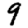
Digit: 9